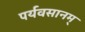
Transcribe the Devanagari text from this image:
पर्यवसानम्